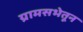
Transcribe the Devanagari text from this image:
ग्रामसभेतून